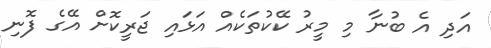
އަދި އެ ބުނާ މި މީރު ކޭކުތަކެއް އަޅައި ޖަރީކޮށް އޭގެ ފޮނި